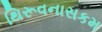
થિરૂવનાસકમ